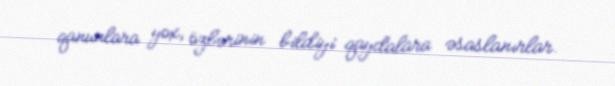
qanunlara yox, özlərinin bildiyi qaydalara əsaslanırlar.